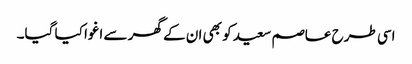
اسی طرح عاصم سعید کو بھی ان کے گھر سے اغوا کیا گیا۔